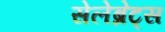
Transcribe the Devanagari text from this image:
सेलेब्रेट्स